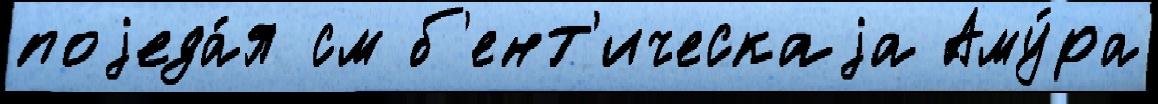
поjеда́я см б'ент'ическаjа Аму́ра